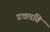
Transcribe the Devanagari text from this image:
प्रचलति